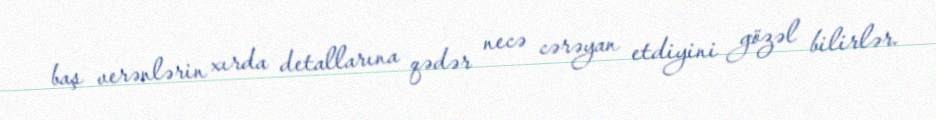
baş verənlərin xırda detallarına qədər necə cərəyan etdiyini gözəl bilirlər.